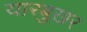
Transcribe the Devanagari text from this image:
यारबुख़र